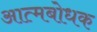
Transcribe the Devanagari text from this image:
आत्मबोधक